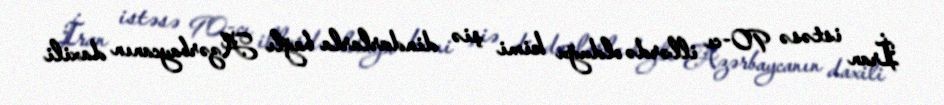
İran istəsə 90-cı illərdə olduğu kimi şiə dindarlarla bağlı Azərbaycanın daxili